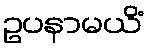
ဥပနာမယိံ